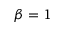
\beta = 1